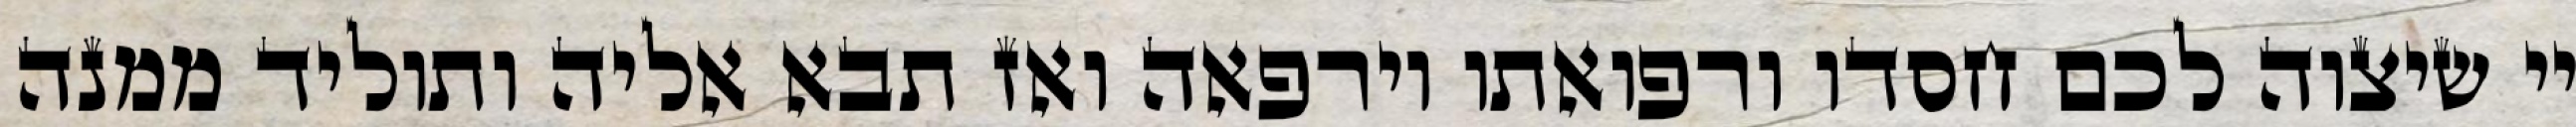
יי שיצוה לכם חסדו ורפואתו וירפאה ואז תבא אליה ותוליד ממנה